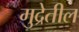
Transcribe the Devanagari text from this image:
मुद्रेतील